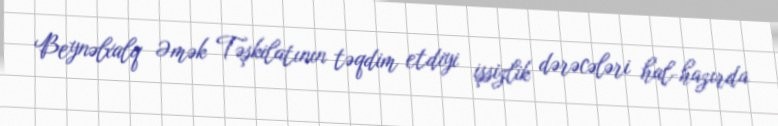
Beynəlxalq Əmək Təşkilatının təqdim etdiyi işsizlik dərəcələri hal-hazırda